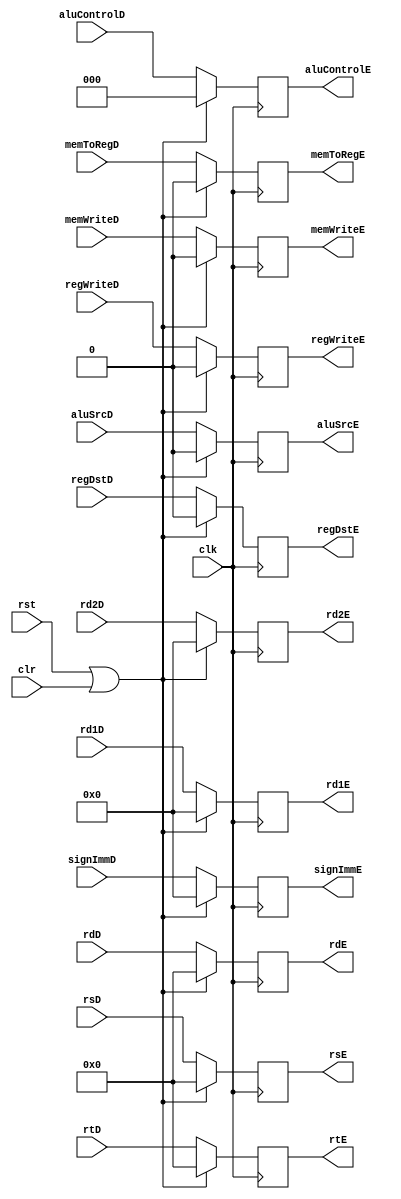
//========== Execute Register ==========//
//inputs at decode stage, outputs at execute stage
module regExecute(
	input clk, 
	input rst, 
	input clr,	//flush signal
	input regWriteD, 
	input memToRegD, 
	input memWriteD, 
	input aluSrcD, 
	input regDstD,
	input [2:0] aluControlD,
	input [31:0] rd1D, 
	input [31:0] rd2D, 
	input [31:0] signImmD, 
	input [4:0] rsD,
	input [4:0] rtD,
	input [4:0] rdD,
	output reg regWriteE, 
	output reg memToRegE, 
	output reg memWriteE, 
	output reg aluSrcE, 
	output reg regDstE,
	output reg [2:0] aluControlE,
	output reg [31:0] rd1E, 
	output reg [31:0] rd2E, 
	output reg [31:0] signImmE, 
	output reg [4:0] rsE,
	output reg [4:0] rtE, 
	output reg [4:0] rdE);

always @(posedge clk) begin
	if (rst || clr) begin	//reset or flush
		regWriteE <= 0;
		memToRegE <= 0;
		memWriteE <= 0;
		aluSrcE <= 0;
		regDstE <= 0;
		aluControlE <= 0;
		rd1E <= 0;
		rd2E <= 0;
		signImmE <= 0;
		rsE <= 0;
		rtE <= 0;
		rdE <= 0;
	end
	else begin
		regWriteE <= regWriteD;
		memToRegE <= memToRegD;
		memWriteE <= memWriteD;
		aluSrcE <= aluSrcD;
		regDstE <= regDstD;
		aluControlE <= aluControlD;
		rsE <= rsD;
		rd1E <= rd1D;
		rd2E <= rd2D;
		signImmE <= signImmD;
		rtE <= rtD;
		rdE <= rdD;
	end
end

endmodule